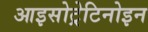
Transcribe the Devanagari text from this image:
आइसोट्रेटिनोइन